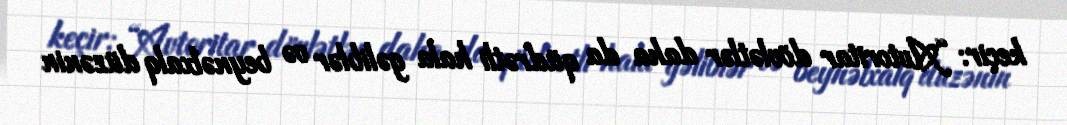
keçir: “Avtoritar dövlətlər daha da qüdrətli hala gəliblər və beynəlxalq düzənin